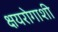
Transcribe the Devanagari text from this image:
क्षयरोगाशी